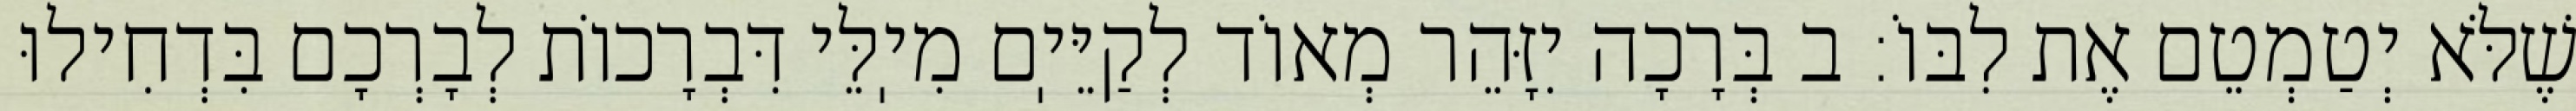
שֶׁלֹּא יְטַמְטֵם אֶת לִבּוֹ: ב בְּרָכָה יִזָּהֵר מְאוֹד לְקַיֵּיֽם מִיֽלֵּי דִּבְרָכוֹת לְבָרְכָם בִּדְחִילוּ